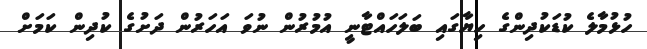
ހުޅުމާލެ ކުޑަކުދިންގެ ހިޔާގައި ބަލަހައްޓާނީ އުމުރުން ނުވަ އަހަރުން ދަށުގެ ކުދިން ކަމަށް